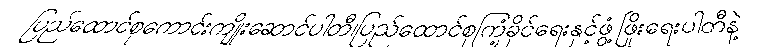
ပြည်ထောင်စုကောင်းကျိုးဆောင်ပါတီ၊ပြည်ထောင်စုကြံ့ခိုင်ရေးနှင့်ဖွံ့ဖြိုးရေးပါတီနဲ့